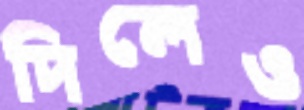
দিলেও